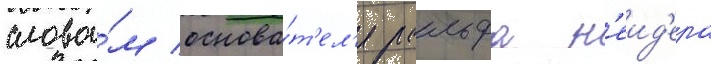
слова́м основа́т'ел'я ральфа н'еид'ера